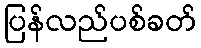
ပြန်လည်ပစ်ခတ်